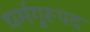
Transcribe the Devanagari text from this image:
धर्मगुरूपद